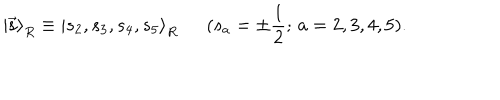
{ \vert \vec { \bf s } \rangle } _ { R } \equiv { \vert s _ { 2 } , s _ { 3 } , s _ { 4 } , s _ { 5 } \rangle } _ { R } \, \, \, \, \, \, \, \, \, ( s _ { a } = \pm \frac { 1 } { 2 } ; \, a = 2 , 3 , 4 , 5 ) .